Annual administration report of the Civil Veterinary Department of India - 1904-1905
Year: 1904
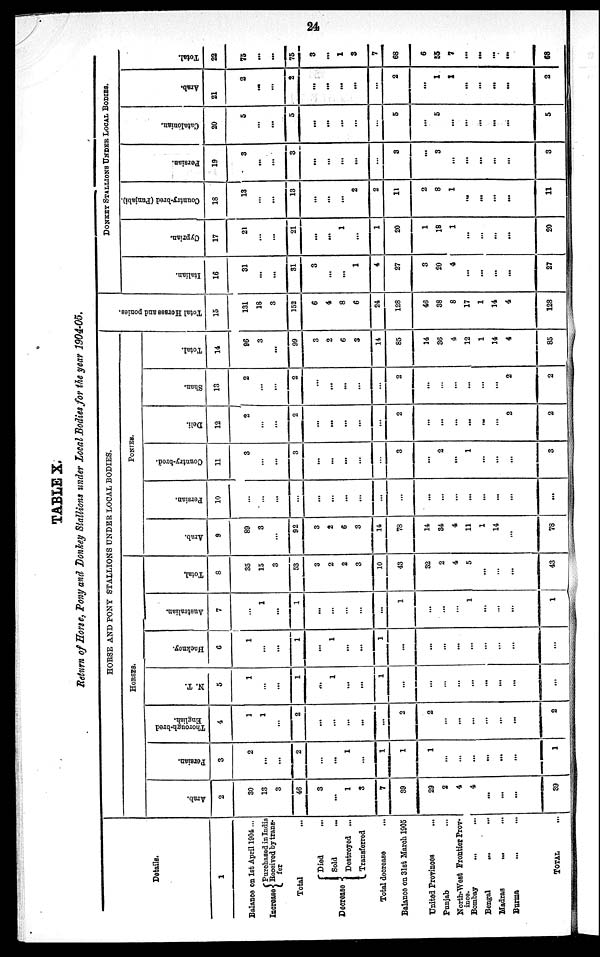
24
TABLE X
Saturn of Horse, Pony and Donley Stallions under local Bodies for the year 1904-05.
Details.
1
Balance on 1st April 1904 ...
Increase { Purchased in India
Received
by trans-
fer
Total
Decrease { Died ...
Sold
...
Destroyed ...
Transferred
Total decrease ...
Balance on 31st March 1905
United Provinces ...
Punjab
North-West Frontier Prov-
ince.
Bombay ... ...
Bengal
... ...
Madras
... ...
Burma ... ...
TOTAL ...
HORSE AND PONY STALLIONS UNDER LOCAL BODIES.
HORSES.
Arab.
2
30
13
3
46
3
...
1
3
7
39
29
2
4
4
...
...
...
39
Persian.
3
2
...
...
2
...
...
1
...
1
1
1
...
...
...
...
...
...
1
Thorough-bred
English.
4
1
1
...
2
...
...
...
...
...
2
2
...
...
...
...
...
...
2
N. T.
5
1
...
...
1
...
1
...
...
1
...
...
...
...
...
...
...
...
...
Hackney.
6
1
...
...
1
...
1
...
...
1
...
...
...
...
...
...
...
...
...
Australian.
7
...
1
...
1
...
...
...
...
...
1
...
...
...
1
...
...
...
1
Total.
8
35
15
3
53
3
2
2
3
10
43
32
2
4
5
...
...
...
43
PONIES.
Arab.
9
89
3
...
92
3
2
6
3
14
78
14
34
4
11
1
14
...
78
Persian.
10
...
...
...
...
...
...
...
...
...
...
...
...
...
...
...
...
...
Country-bred.
11
3
...
...
3
...
...
...
3
...
2
...
1
...
...
...
3
Deli.
12
2
...
...
2
...
...
...
...
2
...
...
...
...
...
...
2
2
Shan.
13
2
...
...
2
...
...
...
...
2
...
...
...
...
...
...
2
2
Total.
14
96
3
...
99
3
2
6
3
14
85
14
36
4
12
1
14
4
85
Tot al Hor s es and ponies
15
131
18
3
152
6
4
8
6
24
128
46
38
8
17
1
14
4
128
DONKEY STALLIONS UNDER LOCAL BODIES.
Italian.
16
31
...
...
31
3
...
1
4
27
3
20
4
...
...
...
...
27
Cypr i
an.
17
21
...
...
21
...
...
1
...
1
20
1
18
1
...
...
...
...
20
Country-bred (Punjabi).
18
13
...
...
13
...
...
...
2
2
11
2
8
1
...
...
...
...
11
Per s i
an.
19
3
...
3
...
...
...
...
...
3
...
3
...
...
...
...
...
3
Cat al oni an.
20
5
...
...
5
...
...
...
...
...
5
...
5
...
...
...
...
...
5
Ar ab.
21
2
...
...
2
...
...
...
...
...
2
...
1
1
...
...
...
...
2
Tot al .
22
75
...
...
75
3
1
3
7
68
6
55
7
...
...
...
...
68